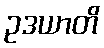
ဥဒယာတိ